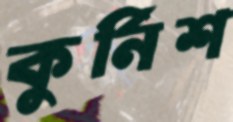
কুর্নিশ